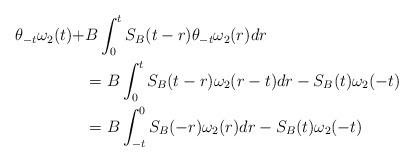
LaTeX: \begin{align*} \theta_{-t}\omega_2(t)+&B\int_0^{t} S_B(t-r)\theta_{-t}\omega_2(r)dr\\&=B\int_0^{t} S_B(t-r)\omega_2(r-t)dr-S_B(t)\omega_2(-t) \\ &=B\int^0_{-t} S_B(-r)\omega_2(r)dr-S_B(t)\omega_2(-t) \end{align*}